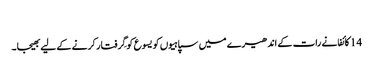
‏
14 کائفا نے رات کے اندھیرے میں سپاہیوں کو یسوع کو گِرفتار کرنے کے لیے بھیجا۔